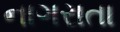
નાગરાતા